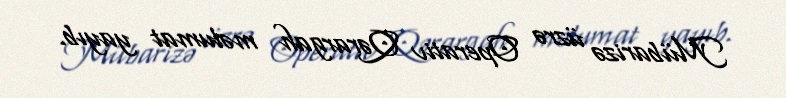
Mübarizə üzrə Operativ Qərargah məlumat yayıb.